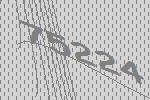
75224